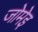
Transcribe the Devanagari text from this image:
जोमेइ